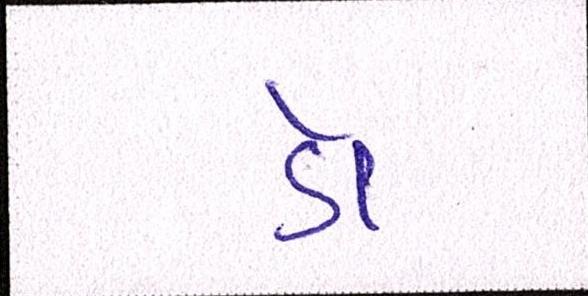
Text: ડૉ